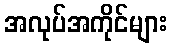
အလုပ်အကိုင်များ